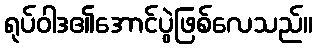
ရုပ်ဝါဒ၏အောင်ပွဲဖြစ်လေသည်။